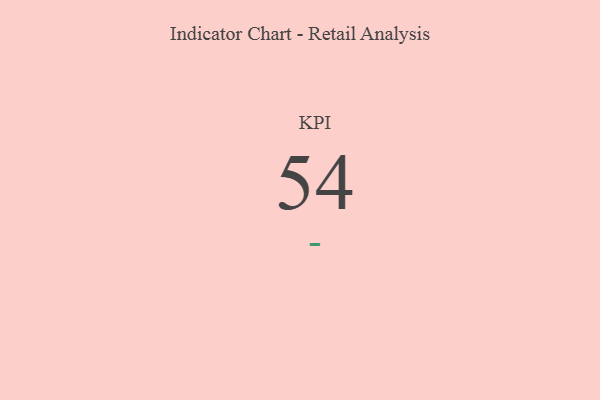
{"axis": {"x": "KPI", "y": "Value"}, "legend": [""], "data": [{"x": "KPI", "y": 54, "type": ""}]}